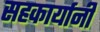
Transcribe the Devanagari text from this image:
सहकार्यानी